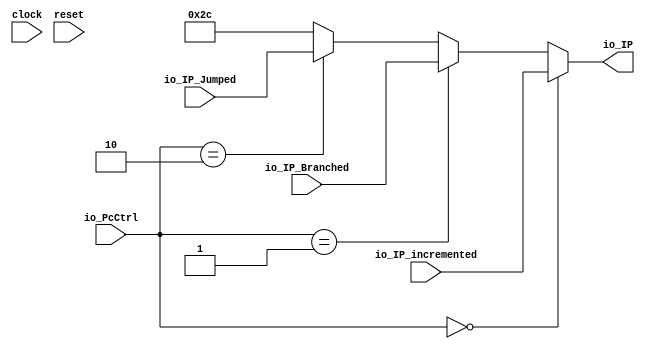
module PcCtrl(
  input         clock,
  input         reset,
  input  [2:0]  io_PcCtrl,
  input  [31:0] io_IP_incremented,
  input  [31:0] io_IP_Branched,
  input  [31:0] io_IP_Jumped,
  output [31:0] io_IP
);
  wire [31:0] _GEN_0 = io_PcCtrl == 3'h2 ? $signed(io_IP_Jumped) : $signed(32'sh2c); // @[PcCtrl.scala 25:39 26:15 29:15]
  wire [31:0] _GEN_1 = io_PcCtrl == 3'h1 ? $signed(io_IP_Branched) : $signed(_GEN_0); // @[PcCtrl.scala 22:39 23:15]
  assign io_IP = io_PcCtrl == 3'h0 ? $signed(io_IP_incremented) : $signed(_GEN_1); // @[PcCtrl.scala 19:34 20:14]
endmodule